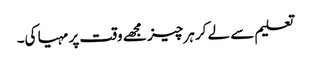
تعلیم سے لے کر ہر چیز مجھے وقت پر مہیا کی۔